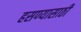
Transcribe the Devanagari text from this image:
हसण्यासाठी